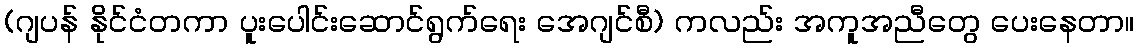
(ဂျပန် နိုင်ငံတကာ ပူးပေါင်းဆောင်ရွက်ရေး အေဂျင်စီ) ကလည်း အကူအညီတွေ ပေးနေတာ။